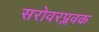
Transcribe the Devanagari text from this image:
सरोवरप्लवक